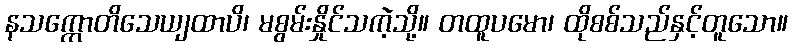
နသက္ကောတိသေယျထာပိ၊ မစွမ်းနှိုင်သကဲ့သို့။ တထူပမော၊ ထိုစစ်သည်နှင့်တူသော။